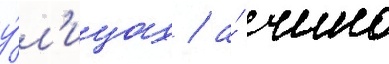
у́л'ицах / а́ чино